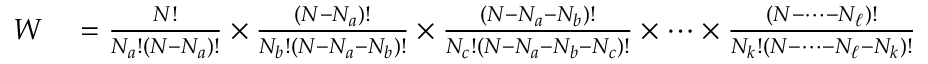
\begin{array} { r l } { W } & { { } = { \frac { N ! } { N _ { a } ! ( N - N _ { a } ) ! } } \times { \frac { ( N - N _ { a } ) ! } { N _ { b } ! ( N - N _ { a } - N _ { b } ) ! } } \times { \frac { ( N - N _ { a } - N _ { b } ) ! } { N _ { c } ! ( N - N _ { a } - N _ { b } - N _ { c } ) ! } } \times \cdots \times { \frac { ( N - \cdots - N _ { \ell } ) ! } { N _ { k } ! ( N - \cdots - N _ { \ell } - N _ { k } ) ! } } } \end{array}